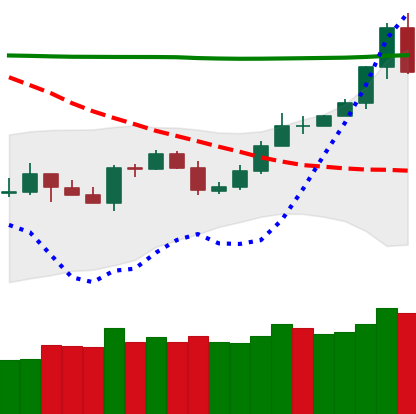
Ticker: TRX-USD
Chart end date: 2020-04-30
Forward return: 4.084%
Label: up_3_5